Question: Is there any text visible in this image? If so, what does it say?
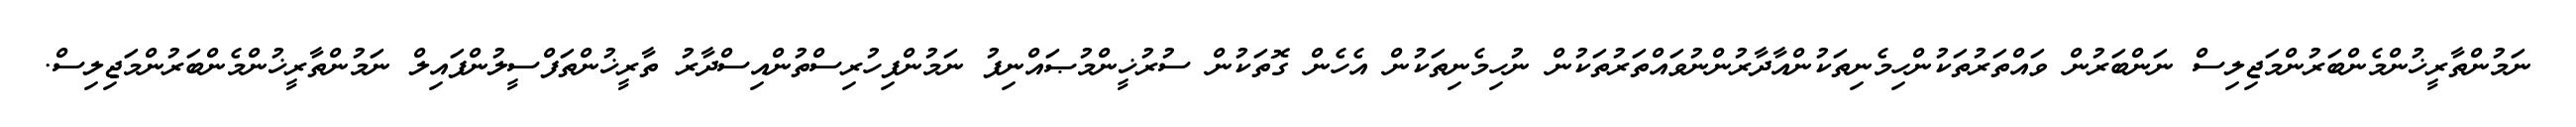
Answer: ނަމުންތާރީޚުންމެންބަރުންމަޖިލިސް ނަންބަރުން ވައްތަރުތަކުންހިމެނިތަކުންއާދާރުންނުވައްތަރުތަކުން ނުހިމެނިތަކުން އެހެން ގޮތަކުން ސުރުޚީންމުޞައްނިފު ނަމުންފިހުރިސްތުންއިސްދާރު ތާރީޚުންތަފްސީލުންފައިލް ނަމުންތާރީޚުންމެންބަރުންމަޖިލިސް.